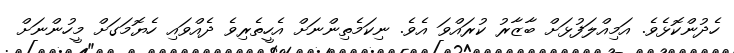
ހެދުންކޮޅެވެ. އަމިއްލަފުޅަށް ބާޒާރު ކުރައްވަ އެވެ. ނިކަމެތިންނަށް އެހީތެރިވެ ދެއްވައި ހެޔޮމަގަށް މީހުންނަށް